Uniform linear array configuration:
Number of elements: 24
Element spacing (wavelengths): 0.25
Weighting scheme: hann
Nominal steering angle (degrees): -15
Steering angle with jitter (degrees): -13.813
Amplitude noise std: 0.05
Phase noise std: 0.05

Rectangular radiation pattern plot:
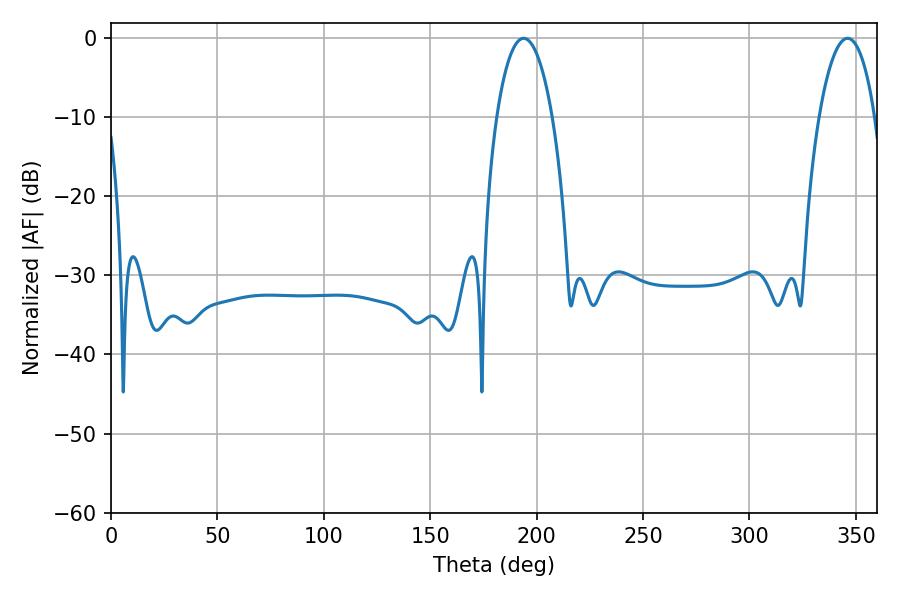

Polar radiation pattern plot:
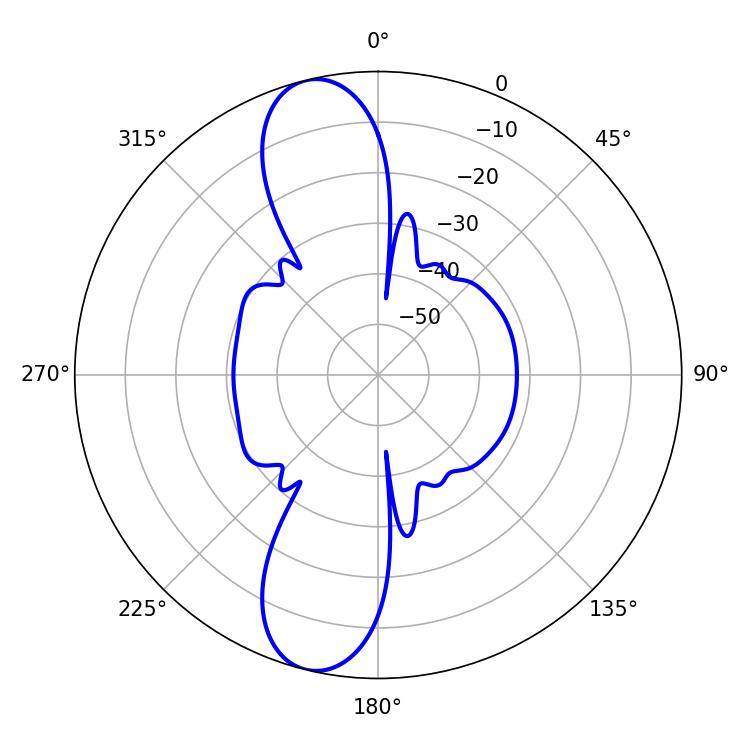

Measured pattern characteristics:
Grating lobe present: FALSE
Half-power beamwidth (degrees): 14.76
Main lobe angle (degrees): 193.86